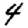
Digit: 4